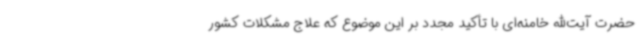
حضرت آیت‌الله خامنه‌ای با تأکید مجدد بر این موضوع که علاج مشکلات کشور